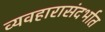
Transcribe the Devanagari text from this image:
व्यवहारासंदर्भात